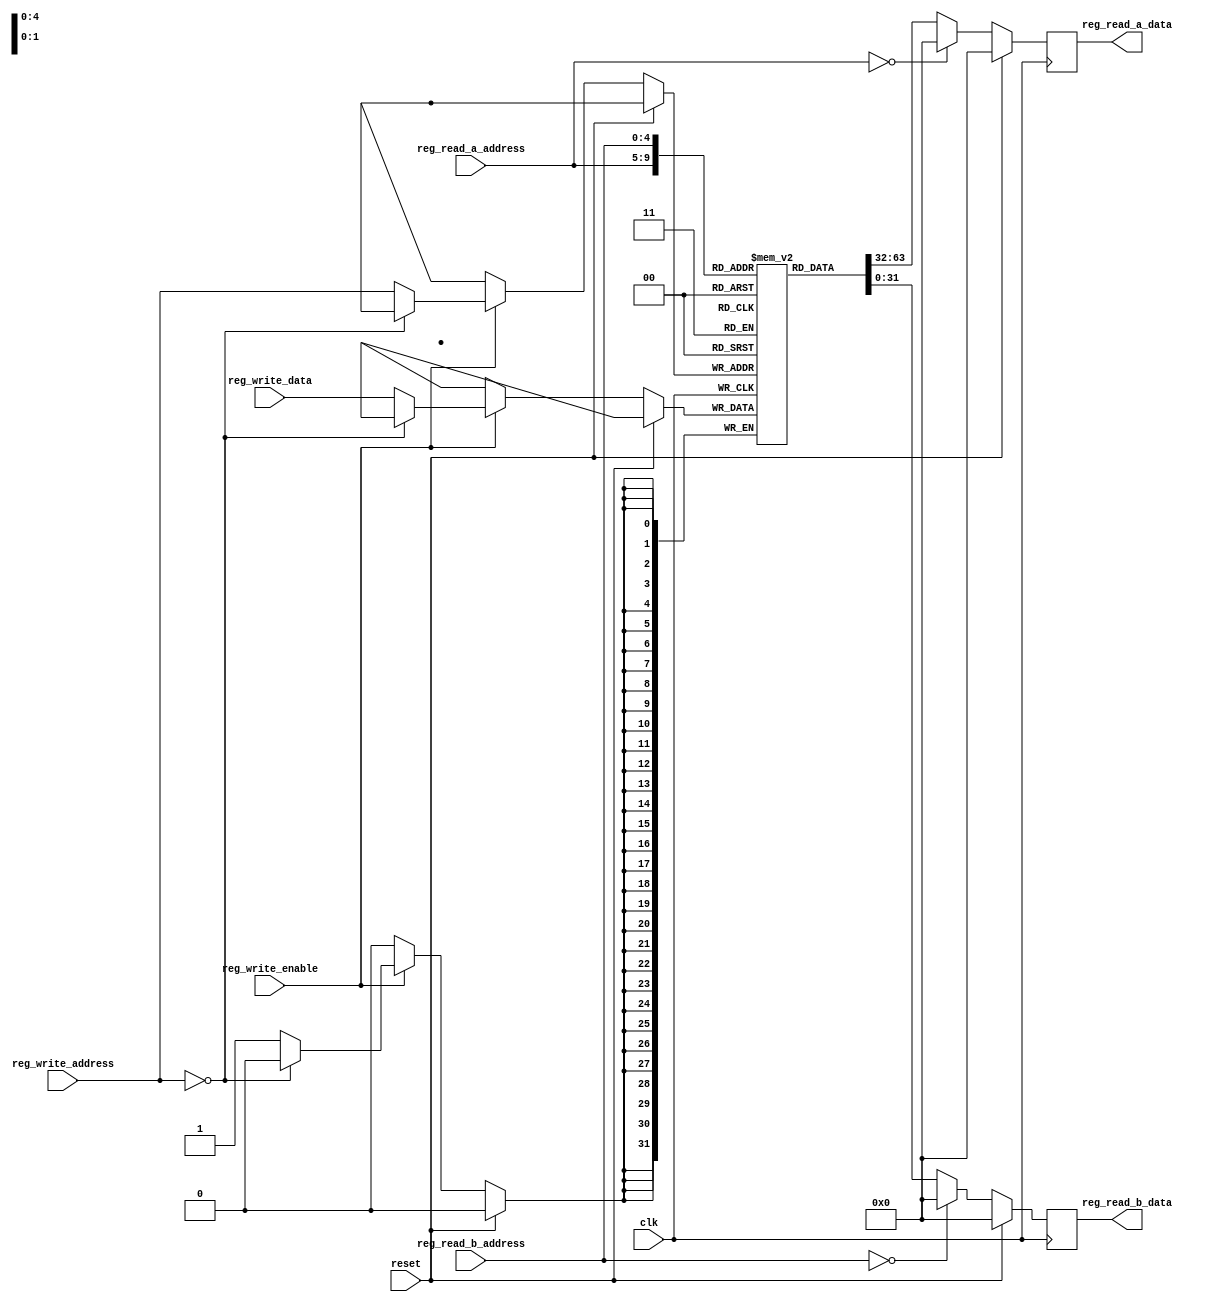
module register (
    input clk,
    input reset,
    input [4:0] reg_write_address,
    input [31:0] reg_write_data,
    input reg_write_enable,

    input  [4:0] reg_read_a_address,
    input  [4:0] reg_read_b_address,
    output reg [31:0] reg_read_a_data,
    output reg [31:0] reg_read_b_data  
);
    (* keep = "true" *) reg [31:0] register [31:0];

    (* keep = "true" *) wire [4:0] reg_write_address_w;
    assign reg_write_address_w=reg_write_address;
    (* keep = "true" *) wire [31:0] reg_write_data_w;
    assign reg_write_data_w=reg_write_data;
    (* keep = "true" *) wire reg_write_enable_w;
    assign reg_write_enable_w=reg_write_enable;
    (* keep = "true" *) wire [4:0] reg_read_a_address_w;
    assign reg_read_a_address_w=reg_read_a_address;
    (* keep = "true" *) wire [4:0] reg_read_b_address_w;
    assign reg_read_b_address_w=reg_read_b_address;
    (* keep = "true" *) wire [31:0] reg_read_a_data_w;
    assign reg_read_a_data_w=reg_read_a_data;
    (* keep = "true" *) wire [31:0] reg_read_b_data_w;
    assign reg_read_b_data_w=reg_read_b_data;



    always @(posedge clk ) begin
        if(reset)begin

        end
        else if(reg_write_enable)begin
            if(reg_write_address==5'b0)begin
                
            end
            else begin
                register[reg_write_address]<=reg_write_data; 
            end
        end
    end

    always @(posedge clk ) begin
        if(reset)begin
            reg_read_a_data<=32'b0;
            reg_read_b_data<=32'b0;
        end
        else begin
            reg_read_a_data<=(reg_read_a_address==5'b0)?32'b0:register[reg_read_a_address];
            reg_read_b_data<=(reg_read_b_address==5'b0)?32'b0:register[reg_read_b_address];
        end
    end
    

endmodule //register